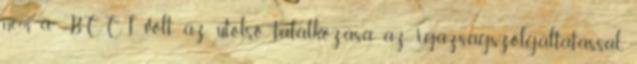
nem a BCCI volt az utolsó találkozása az igazságszolgáltatással